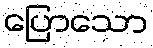
ပြောသော